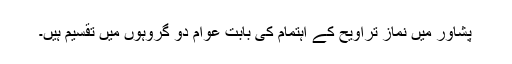
پشاور میں نماز تراویح کے اہتمام کی بابت عوام دو گروہوں میں تقسیم ہیں۔